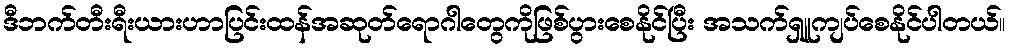
ဒီဘက်တီးရီးယားဟာပြင်းထန်အဆုတ်ရောဂါတွေကိုဖြစ်ပွားစေနိုင်ပြီး အသက်ရှူကျပ်စေနိုင်ပါတယ်။